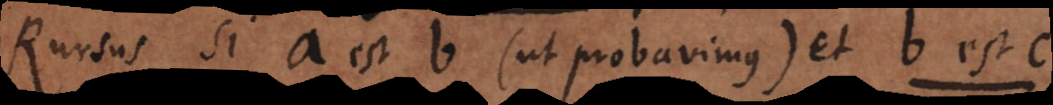
Rursus si a est b (ut probavimus) et b est c